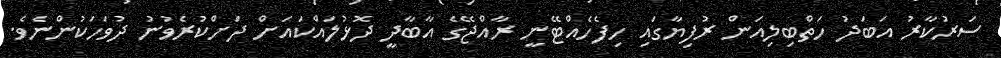
ސަރުކާރު އަބަދު ހަތްބިލިއަން ރުފިޔާގައި ހިފެހެއްޓޭނީ ރާއްޖޭގެ އާބާދީ ދޮޅުލައްކައަށް ދަށްކުރެވުނު ދުވަހަކުންނެވެ.